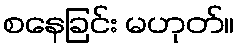
စနေခြင်း မဟုတ်။